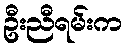
ဦးညီရမ်းက